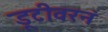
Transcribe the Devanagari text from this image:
डूटीवरनं